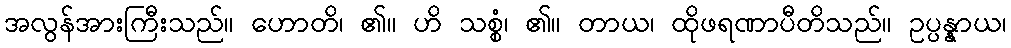
အလွန်အားကြီးသည်။ ဟောတိ၊ ၏။ ဟိ သစ္စံ၊ ၏။ တာယ၊ ထိုဖရဏာပီတိသည်။ ဥပ္ပန္နာယ၊